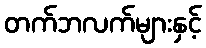
တက်ဘလက်များနှင့်